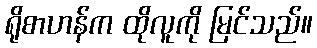
ရိုစာဟန်က ထိုလူကို မြင်သည်။